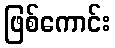
ဖြစ်ကောင်း